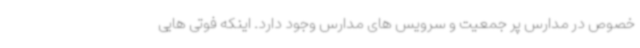
خصوص در مدارس پر جمعیت و سرویس های مدارس وجود دارد. اینکه فوتی هایی